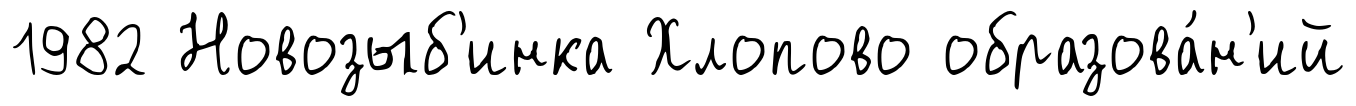
1982 Новозыб'инка Хлопово образова́н'ий